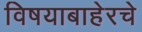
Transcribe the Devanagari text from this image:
विषयाबाहेरचे